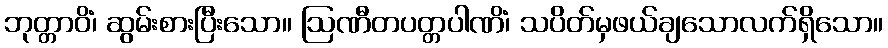
ဘုတ္တာဝိံ၊ ဆွမ်းစားပြီးသော။ ဩဏီတပတ္တပါဏိံ၊ သပိတ်မှဖယ်ချသောလက်ရှိသော။